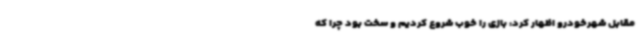
مقابل شهرخودرو اظهار کرد: بازی را خوب شروع کردیم و سخت بود چرا که